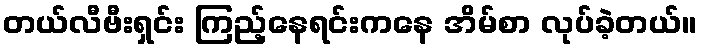
တယ်လီဗီးရှင်း ကြည့်နေရင်းကနေ အိမ်စာ လုပ်ခဲ့တယ်။